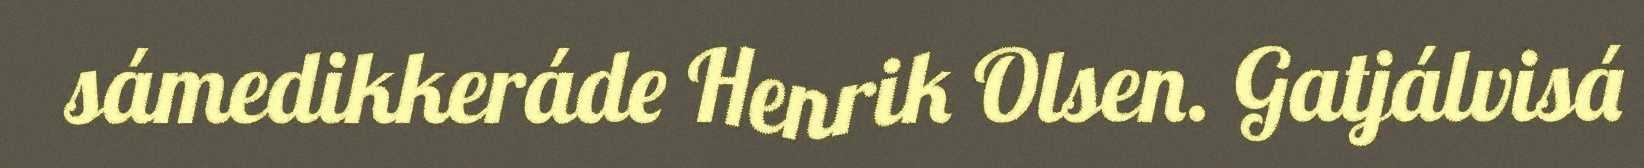
sámedikkeráde Henrik Olsen. Gatjálvisá